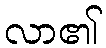
လာ၏